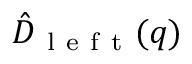
\hat { D } _ { \mathrm { ~ l ~ e ~ f ~ t ~ } } ( q )